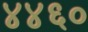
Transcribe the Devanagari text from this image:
४४६०